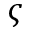
\varsigma